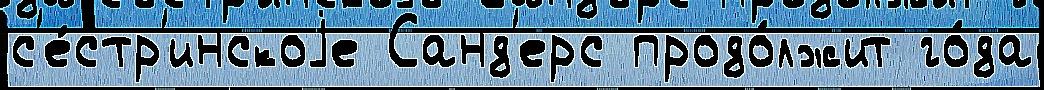
с'е́стр'инскоjе Санд'ерс продо́лжит го́да